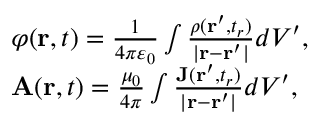
{ \begin{array} { r l } & { \varphi ( \mathbf { r } , t ) = { \frac { 1 } { 4 \pi \varepsilon _ { 0 } } } \int { \frac { \rho ( \mathbf { r } ^ { \prime } , t _ { r } ) } { | \mathbf { r } - \mathbf { r } ^ { \prime } | } } d V ^ { \prime } , } \\ & { \mathbf { A } ( \mathbf { r } , t ) = { \frac { \mu _ { 0 } } { 4 \pi } } \int { \frac { \mathbf { J } ( \mathbf { r } ^ { \prime } , t _ { r } ) } { | \mathbf { r } - \mathbf { r } ^ { \prime } | } } d V ^ { \prime } , } \end{array} }